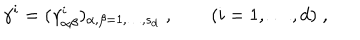
\gamma ^ { i } = ( \gamma _ { \alpha \beta } ^ { i } ) _ { \alpha , \beta = 1 , \ldots , s _ { d } } \; , \qquad ( i = 1 , \ldots , d ) \; ,